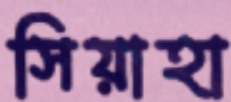
সিয়াহা